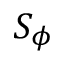
S _ { \phi }